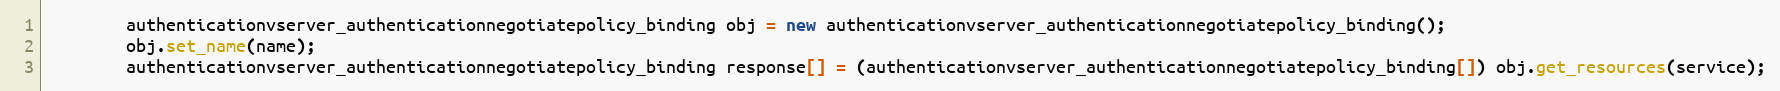
Language: Java
		authenticationvserver_authenticationnegotiatepolicy_binding obj = new authenticationvserver_authenticationnegotiatepolicy_binding();
		obj.set_name(name);
		authenticationvserver_authenticationnegotiatepolicy_binding response[] = (authenticationvserver_authenticationnegotiatepolicy_binding[]) obj.get_resources(service);